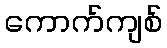
ကောက်ကျစ်